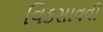
વિકસાવવી